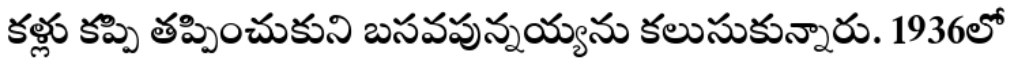
కళ్లు కప్పి తప్పించుకుని బసవపున్నయ్యను కలుసుకున్నారు. 1936లో